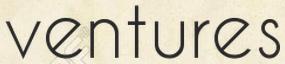
ventures